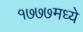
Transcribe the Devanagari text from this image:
१७७७मध्ये